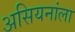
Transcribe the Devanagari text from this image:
असियनांला